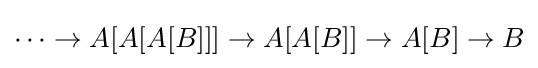
\cdots \to A[A[A[B]]]\to A[A[B]]\to A[B]\to B